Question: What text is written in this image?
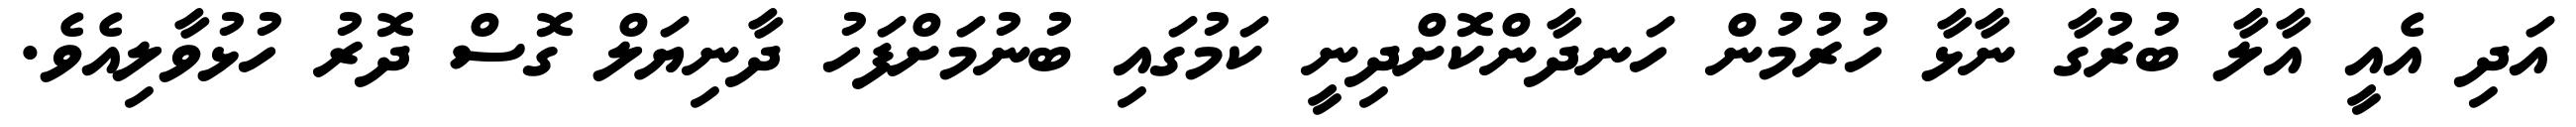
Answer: އަދި އެއީ އާލާ ބުރުގާ ނާޅާ ހުރުމުން ހަނދާންކޮށްދިނީ ކަމުގައި ބުނުމަށްފަހު ދާނިޔަލް ގޮސް ދޮރު ހުޅުވާލިއެވެ.